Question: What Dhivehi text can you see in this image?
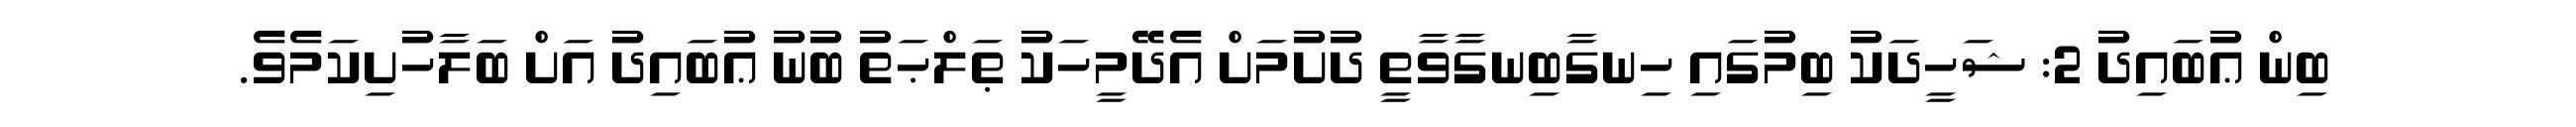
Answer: ބިން ޢުބައިދު 2: ޝަހީދަކު ބިމުގައި ހިނގާބިނގާވާތީ ދުށުމަށް އެދޭމީހަކު ޠަލްޙަތު ބުނު ޢުބައިދު އަށް ބަލާހުށިކަމެވެ.